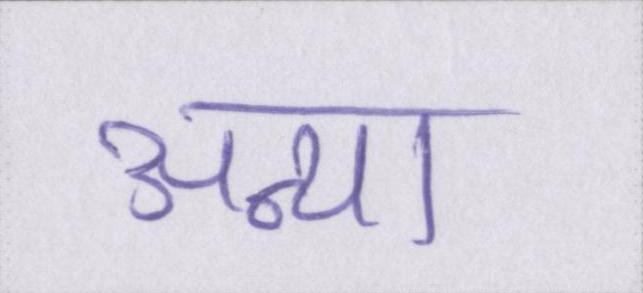
अन्या